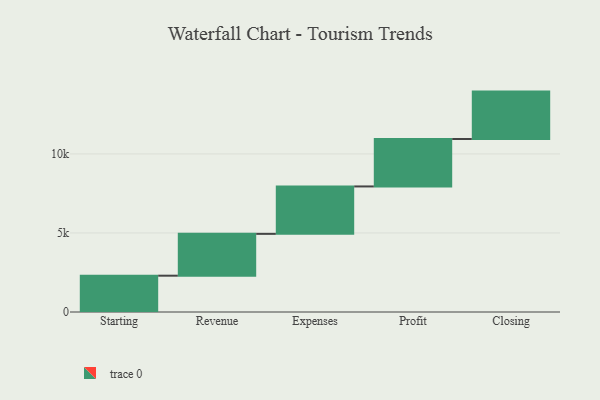
{"axis": {"x": "Step", "y": "Value"}, "legend": [""], "data": [{"x": "Starting", "y": 2297.0, "type": ""}, {"x": "Revenue", "y": 2646.0, "type": ""}, {"x": "Expenses", "y": 3000, "type": ""}, {"x": "Profit", "y": 3000, "type": ""}, {"x": "Closing", "y": 3000, "type": ""}]}